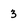
Character: 3